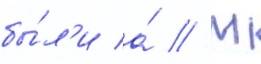
бы́л'и а́ // М